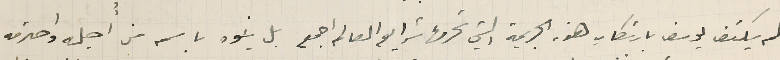
لم يكتف يوسف بارتكاب هذ الجريمة التي تحرمها شرايع العالم اجمع بل ينوه باسم من أجله واحترمه